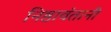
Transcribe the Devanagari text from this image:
निष्ठावंतानी